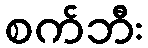
စက်ဘီး